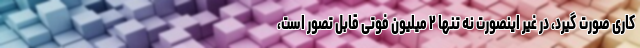
کاری صورت گیرد، در غیر اینصورت نه تنها ۲ میلیون فوتی قابل تصور است،